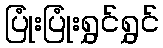
ပြုံးပြုံးရွှင်ရွှင်